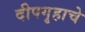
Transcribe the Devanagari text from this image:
दीपगृहाचे